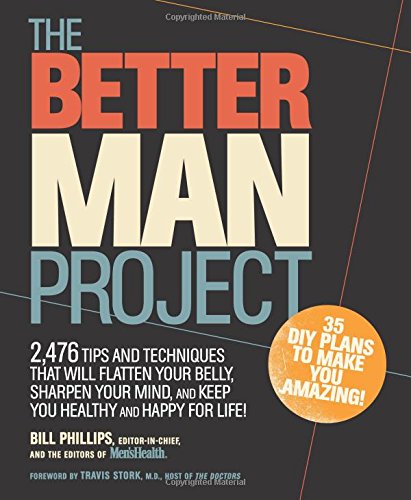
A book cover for The Better Man Project: 2,476 tips and techniques that will flatten your belly, sharpen your mind, and keep you healthy and happy for life!; Bill Phillips; Health, Fitness & Dieting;